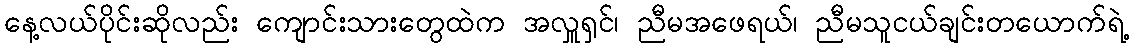
နေ့လယ်ပိုင်းဆိုလည်း ကျောင်းသားတွေထဲက အလှူရှင်၊ ညီမအဖေရယ်၊ ညီမသူငယ်ချင်းတယောက်ရဲ့